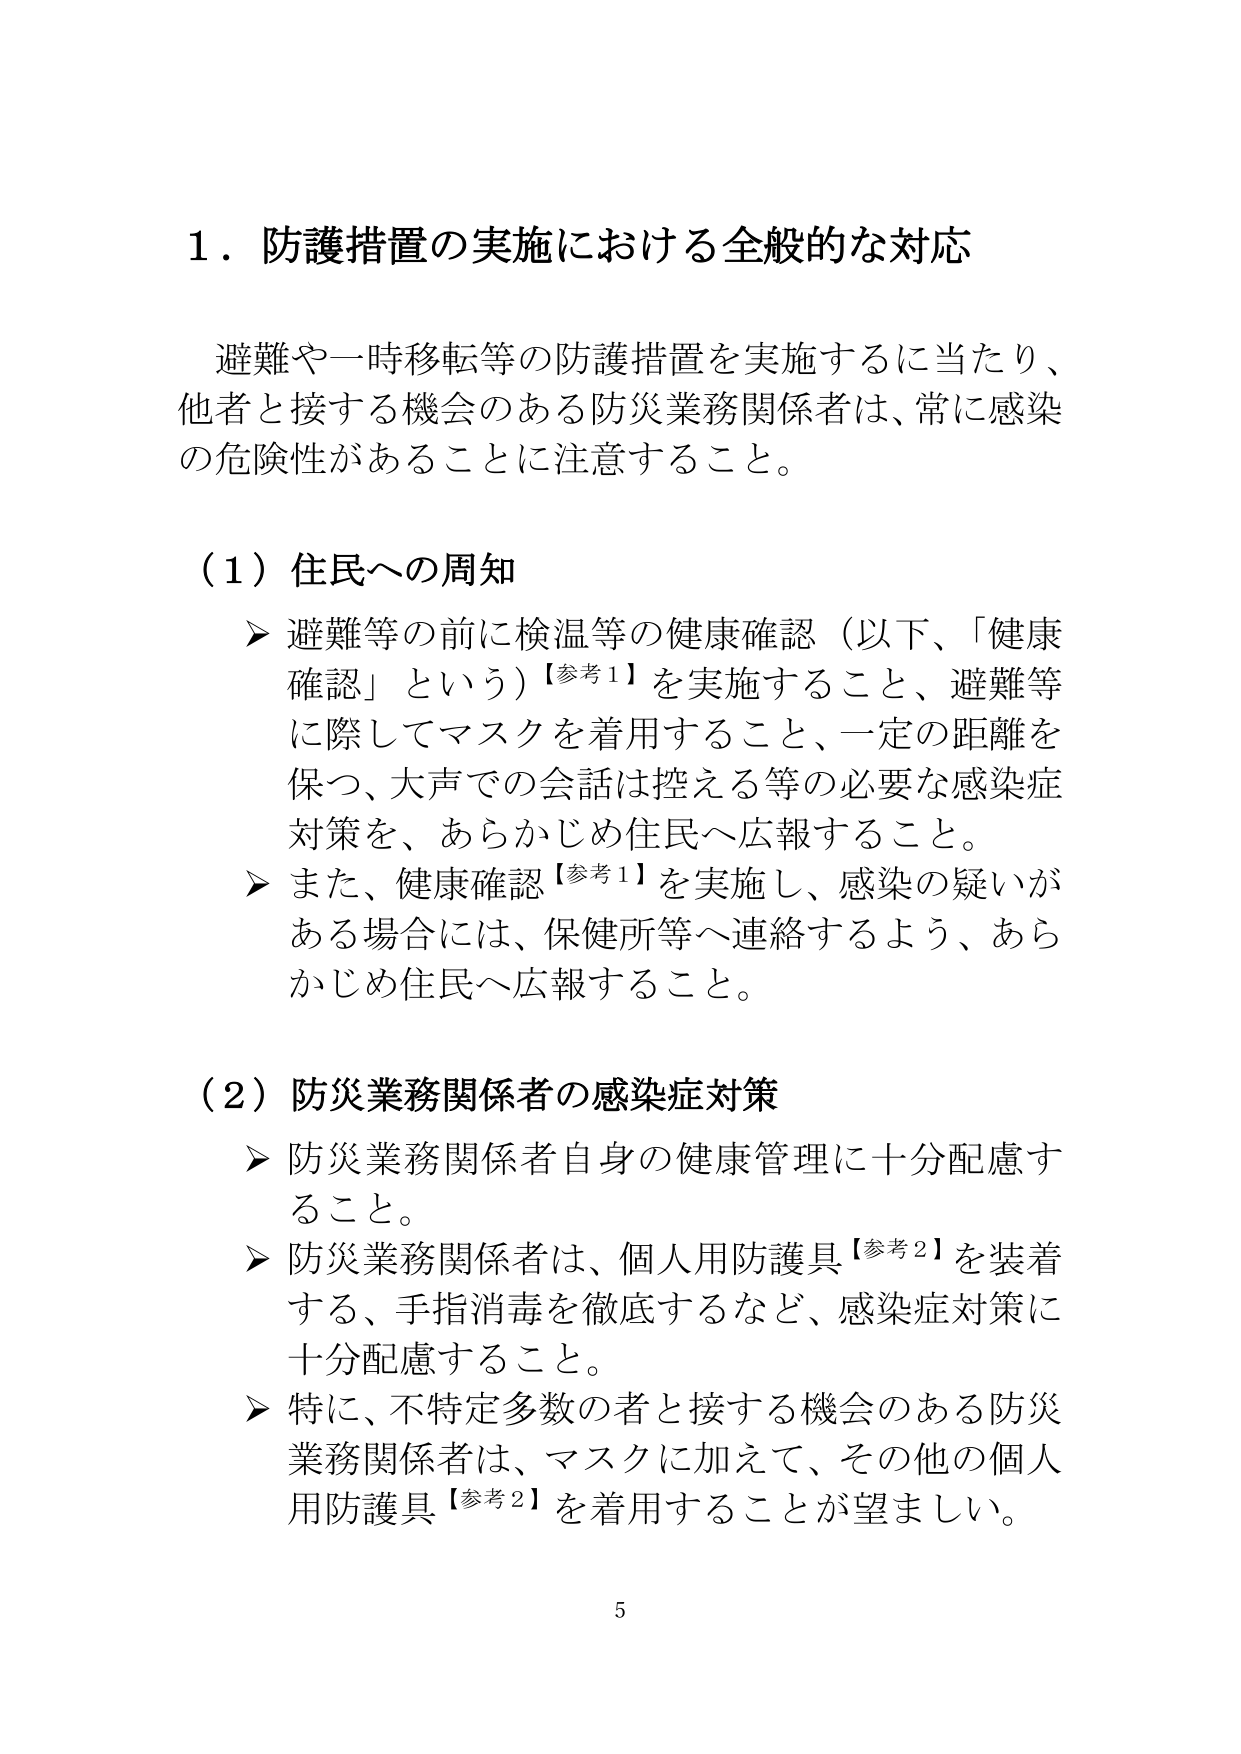
1．防護措置の実施における全般的な対応

避難や一時移転等の防護措置を実施するに当たり、
他者と接する機会のある防災業務関係者は、常に感染
の危険性があることに注意すること。

（1）住民への周知
➤ 避難等の前に検温等の健康確認（以下、「健康
確認」という）【参考1】を実施すること、避難等
に際してマスクを着用すること、一定の距離を
保つ、大声での会話は控える等の必要な感染症
対策を、あらかじめ住民へ広報すること。
➤ また、健康確認【参考1】を実施し、感染の疑いが
ある場合には、保健所等へ連絡するよう、あら
かじめ住民へ広報すること。

（2）防災業務関係者の感染症対策
➤ 防災業務関係者自身の健康管理に十分配慮す
ること。
➤ 防災業務関係者は、個人用防護具【参考2】を装着
する、手指消毒を徹底するなど、感染症対策に
十分配慮すること。
➤ 特に、不特定多数の者と接する機会のある防災
業務関係者は、マスクに加えて、その他の個人
用防護具【参考2】を着用することが望ましい。

5